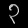
Digit: ၃